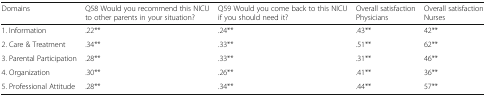
<table><thead><tr><td><b>Domains</b></td><td><b>Q58 Would you recommend this NICUto other parents in your situation?</b></td><td><b>Q59 Would you come back to this NICU if you should need it?</b></td><td><b>Overall satisfaction Physicians</b></td><td><b>Overall satisfaction Nurses</b></td></tr></thead><tbody><tr><td>1. Information</td><td>.22**</td><td>.24**</td><td>.43**</td><td>42**</td></tr><tr><td>2. Care &amp; Treatment</td><td>.34**</td><td>.33**</td><td>.51**</td><td>62**</td></tr><tr><td>3. Parental Participation</td><td>.28**</td><td>.33**</td><td>.31**</td><td>46**</td></tr><tr><td>4. Organization</td><td>.30**</td><td>.26**</td><td>.41**</td><td>36**</td></tr><tr><td>5. Professional Attitude</td><td>.28**</td><td>.34**</td><td>.44**</td><td>57**</td></tr></tbody></table>